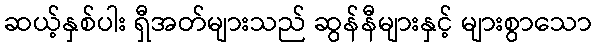
ဆယ့်နှစ်ပါး ရှီအတ်များသည် ဆွန်နီများနှင့် များစွာသော